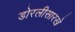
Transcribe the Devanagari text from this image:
डोरलीसारखे